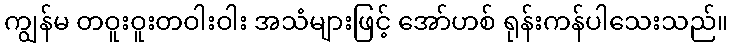
ကျွန်မ တဝူးဝူးတဝါးဝါး အသံများဖြင့် အော်ဟစ် ရုန်းကန်ပါသေးသည်။